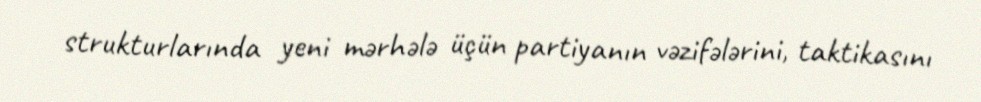
strukturlarında yeni mərhələ üçün partiyanın vəzifələrini, taktikasını